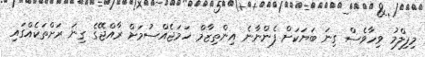
މިފިލްމު ވިހާވެސް ގިނަ ބަޔަކަށް ފެންނާނެ އިންތިޒާމް ހަމަޖެއްސުމަށް ރާއްޖޭގެ ގިނަ ރަށްތަކެއްގައި